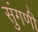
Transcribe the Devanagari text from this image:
सुंगणी